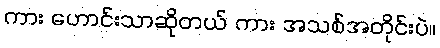
ကား ဟောင်းသာဆိုတယ် ကား အသစ်အတိုင်းပဲ။